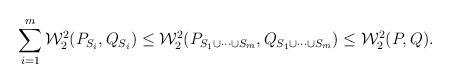
LaTeX: \begin{align*}\sum_{i=1}^m \mathcal{W}_2^2(P_{S_i},Q_{S_i}) \le \mathcal{W}_2^2(P_{S_1 \cup \cdots \cup S_m},Q_{S_1 \cup \cdots \cup S_m}) \le \mathcal{W}_2^2(P,Q).\end{align*}